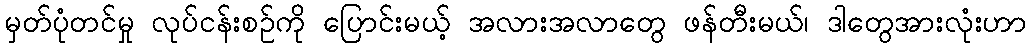
မှတ်ပုံတင်မှု လုပ်ငန်းစဉ်ကို ပြောင်းမယ့် အလားအလာတွေ ဖန်တီးမယ်၊ ဒါတွေအားလုံးဟာ